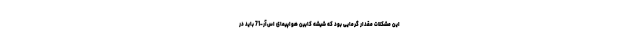
این مشکلات مقدار گرمایی بود که شیشه کابین هواپیمای اس‌آر-71 باید در